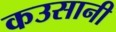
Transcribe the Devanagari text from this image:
कउसानी